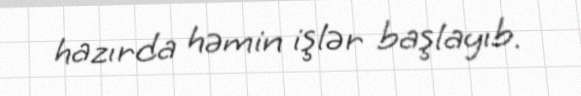
hazırda həmin işlər başlayıb.